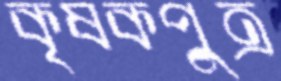
কৃষকপুত্র